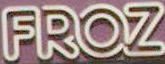
FROZ